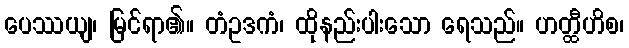
ပေဿယျ၊ မြင်ရာ၏။ တံဥဒကံ၊ ထိုနည်းပါးသော ရေသည်။ ဟတ္ထီဟိစ၊